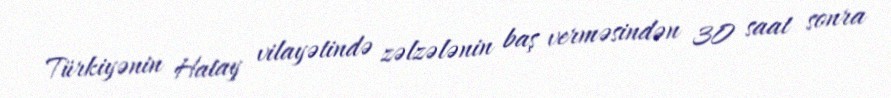
Türkiyənin Hatay vilayətində zəlzələnin baş verməsindən 30 saat sonra